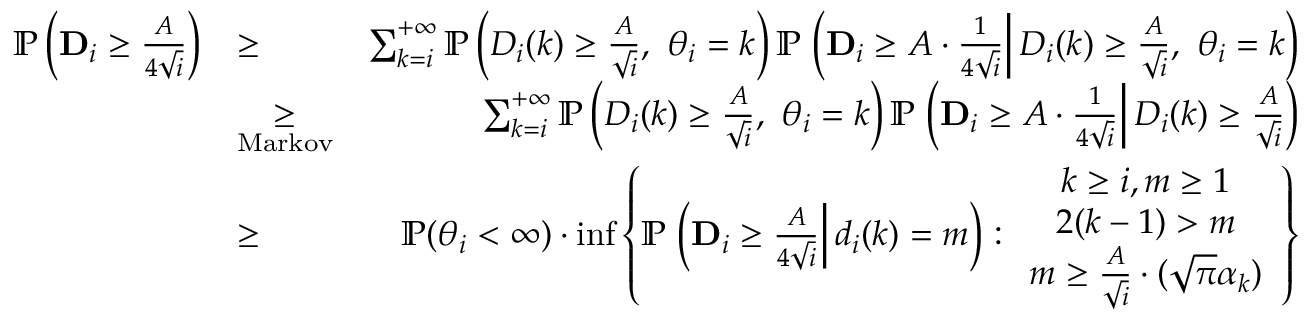
\begin{array} { r l r } { \mathbb { P } \left( \mathbf { D } _ { i } \geq \frac { A } { 4 \sqrt { i } } \right) } & { \geq } & { \sum _ { k = i } ^ { + \infty } \mathbb { P } \left( { D } _ { i } ( k ) \geq \frac { A } { \sqrt { i } } , \ \theta _ { i } = k \right) \mathbb { P } \left. \left( \mathbf { D } _ { i } \geq A \cdot \frac { 1 } { 4 \sqrt { i } } \right| { D } _ { i } ( k ) \geq \frac { A } { \sqrt { i } } , \ \theta _ { i } = k \right) } \\ & { \underset { \mathrm { M a r k o v } } { \geq } } & { \sum _ { k = i } ^ { + \infty } \mathbb { P } \left( { D } _ { i } ( k ) \geq \frac { A } { \sqrt { i } } , \ \theta _ { i } = k \right) \mathbb { P } \left. \left( \mathbf { D } _ { i } \geq A \cdot \frac { 1 } { 4 \sqrt { i } } \right| { D } _ { i } ( k ) \geq \frac { A } { \sqrt { i } } \right) } \\ & { \geq } & { \mathbb { P } ( \theta _ { i } < \infty ) \cdot \operatorname* { i n f } \left\{ \mathbb { P } \left. \left( \mathbf { D } _ { i } \geq \frac { A } { 4 \sqrt { i } } \right| d _ { i } ( k ) = m \right) : \begin{array} { c } { k \geq i , m \geq 1 } \\ { 2 ( k - 1 ) > m } \\ { m \geq \frac { A } { \sqrt { i } } \cdot ( \sqrt { \pi } \alpha _ { k } ) } \end{array} \right\} } \end{array}